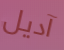
آديل